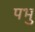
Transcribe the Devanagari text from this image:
पभु